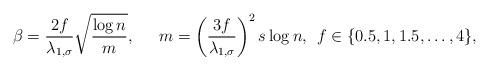
LaTeX: \begin{align*}\beta = \frac{2 f}{\lambda_{1, \sigma}} \sqrt{\frac{\log n}{m}}, \quad\;\, m = \left(\frac{3f}{\lambda_{1, \sigma}}\right)^2 s \log n, \; \, f \in \{0.5,1,1.5,\ldots,4 \},\end{align*}